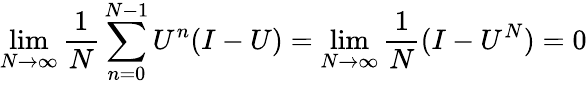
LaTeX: \operatorname*{lim}_{N\to\infty}{\frac{1}{N}}\sum_{n=0}^{N-1}U^{n}(I-U)=\operatorname*{lim}_{N\to\infty}{\frac{1}{N}}(I-U^{N})=0